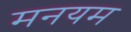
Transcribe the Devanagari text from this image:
मनयम